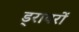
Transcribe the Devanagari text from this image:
ड्रायरों